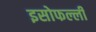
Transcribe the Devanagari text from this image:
इसोफल्ली